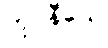
ကုပနီယေ